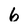
Character: 6